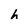
Character: h